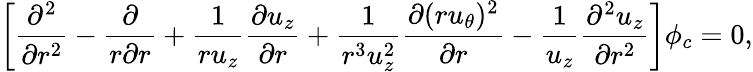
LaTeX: \left[\frac{\partial^{2}}{\partial r^{2}}-\frac{\partial}{r\partial r}+\frac{1}{ru_{z}}\frac{\partial u_{z}}{\partial r}+\frac{1}{r^{3}u_{z}^{2}}\frac{\partial(ru_{\theta})^{2}}{\partial r}-\frac{1}{u_{z}}\frac{\partial^{2}u_{z}}{\partial r^{2}}\right]\phi_{c}=0,